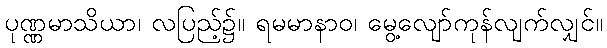
ပုဏ္ဏမာသိယာ၊ လပြည့်၌။ ရမမာနာဝ၊ မွေ့လျော်ကုန်လျက်လျှင်။